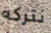
نتركه